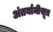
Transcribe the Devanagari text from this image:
अंतर्यामीसूत्र